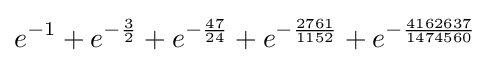
e^{-1}+e^{-{\frac {3}{2}}}+e^{-{\frac {47}{24}}}+e^{-{\frac {2761}{1152}}}+e^{-{\frac {4162637}{1474560}}}